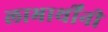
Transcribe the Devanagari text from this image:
लाभार्थींनी